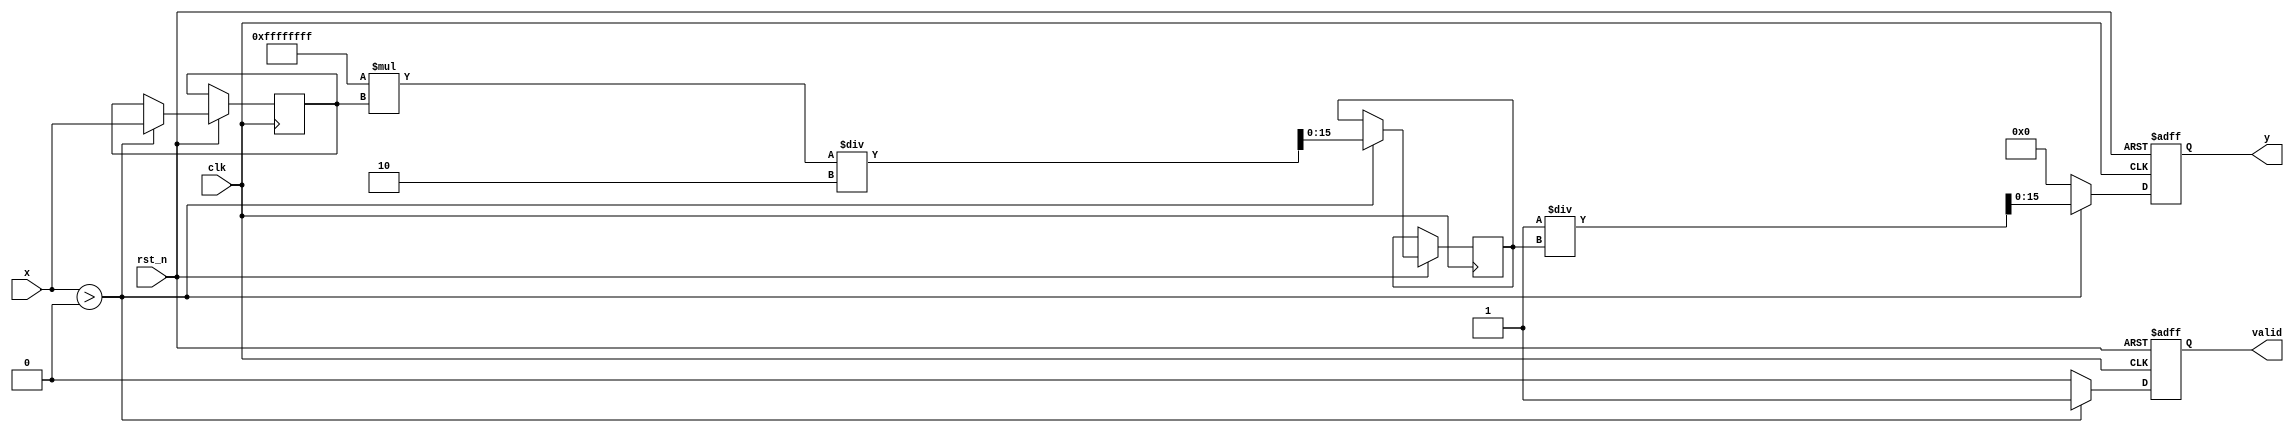
module fractional_order_reciprocal #(
    parameter INPUT_WIDTH = 16, // Bit-width for input
    parameter OUTPUT_WIDTH = 16, // Bit-width for output
    parameter N = 1,             // Numerator of fractional power
    parameter M = 2              // Denominator of fractional power
)(
    input wire clk,
    input wire rst_n,
    input wire [INPUT_WIDTH-1:0] x, // Input value
    output reg [OUTPUT_WIDTH-1:0] y, // Output value
    output reg valid                 // Output valid signal
);

    // Internal signals
    reg [INPUT_WIDTH-1:0] log_x; // Logarithm of x
    reg [INPUT_WIDTH-1:0] exp_value; // Exponential value
    reg [OUTPUT_WIDTH-1:0] x_pow; // x^(n/m)

    // Logarithm approximation (simple linear approximation for demo)
    function [INPUT_WIDTH-1:0] log_approx;
        input [INPUT_WIDTH-1:0] value;
        begin
            // Simple approximation for logarithm
            if (value > 0)
                log_approx = value; // Replace with actual log calculation
            else
                log_approx = 0; // Handle invalid input
        end
    endfunction

    // Exponential approximation (simple linear approximation for demo)
    function [OUTPUT_WIDTH-1:0] exp_approx;
        input [INPUT_WIDTH-1:0] value;
        begin
            // Simple approximation for exponential
            exp_approx = value; // Replace with actual exp calculation
        end
    endfunction

    always @(posedge clk or negedge rst_n) begin
        if (!rst_n) begin
            y <= 0;
            valid <= 0;
        end else begin
            if (x > 0) begin
                log_x <= log_approx(x);
                exp_value <= exp_approx(-N * log_x / M);
                y <= 1 / exp_value; // Reciprocal of x^(n/m)
                valid <= 1;
            end else begin
                y <= 0; // Handle invalid input (x <= 0)
                valid <= 0;
            end
        end
    end

endmodule